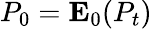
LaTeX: P_{0}=\mathbf{E}_{0}(P_{t})